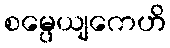
စမ္ပေယျကေဟိ